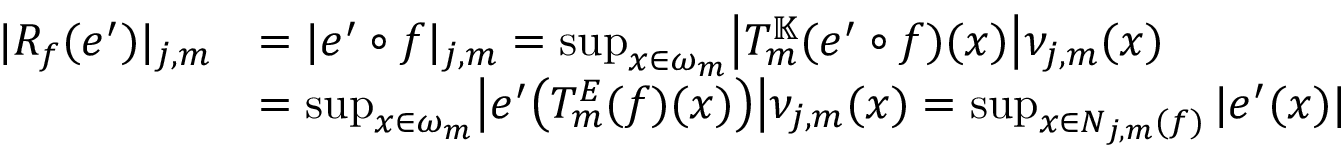
\begin{array} { r l } { | R _ { f } ( e ^ { \prime } ) | _ { j , m } } & { = | e ^ { \prime } \circ f | _ { j , m } = \operatorname* { s u p } _ { x \in \omega _ { m } } \bigl | T _ { m } ^ { \mathbb { K } } ( e ^ { \prime } \circ f ) ( x ) \bigr | \nu _ { j , m } ( x ) } \\ & { = \operatorname* { s u p } _ { x \in \omega _ { m } } \bigl | e ^ { \prime } \bigl ( T _ { m } ^ { E } ( f ) ( x ) \bigr ) \bigr | \nu _ { j , m } ( x ) = \operatorname* { s u p } _ { x \in N _ { j , m } ( f ) } | e ^ { \prime } ( x ) | } \end{array}